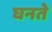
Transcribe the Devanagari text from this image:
घनते